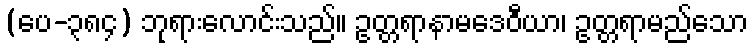
(ပေ-၃၈၄) ဘုရားလောင်းသည်။ ဥတ္တရာနာမဒေဝီယာ၊ ဥတ္တရာမည်သော